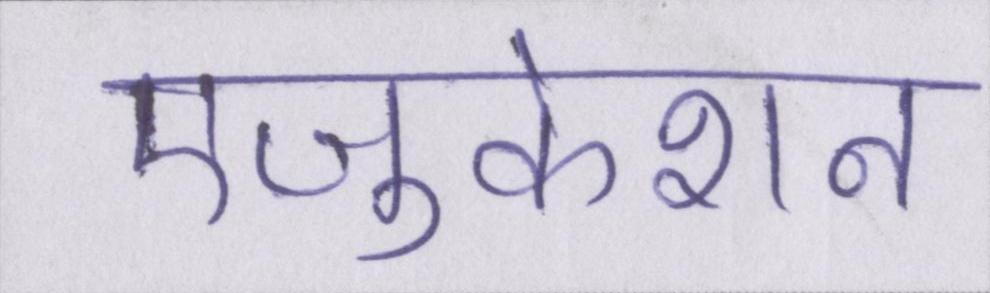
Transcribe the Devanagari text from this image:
एजुकेशन